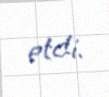
etdi.